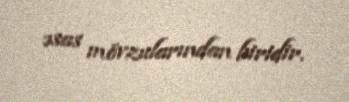
əsas mövzularından biridir.